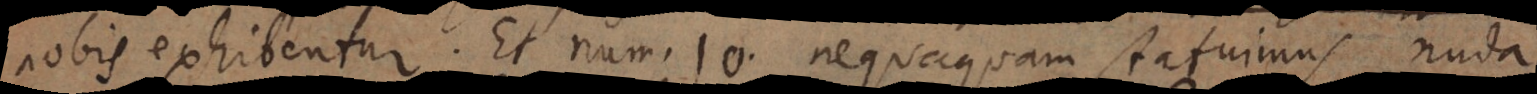
nobis exhibentur. Et num. 10. nequaquam statuimus nuda,